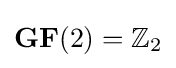
{\mathbf {GF}}(2)=\mathbb {Z} _{2}